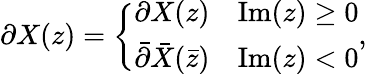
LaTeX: \partial X(z)=\left\{ \begin{array}{ll}{{\partial X(z)}}&{{\mathrm{Im}(z)\geq 0}}\\ {{\bar{\partial}\bar{X}(\bar{z})}}&{{\mathrm{Im}(z)<0}}\end{array}\right.,